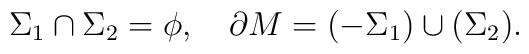
\Sigma_1\cap \Sigma_2 =\phi,  \quad  \partial M = (-\Sigma_1)\cup(\Sigma_2).